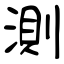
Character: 測